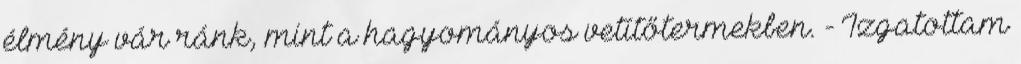
élmény vár ránk, mint a hagyományos vetítőtermekben. - Izgatottam